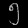
Digit: ၅